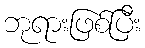
ဘုရားဖြစ်ပြီး